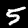
Label: 5